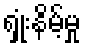
ရှုံးနိမ့်မှု